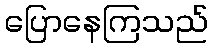
ပြောနေကြသည်